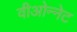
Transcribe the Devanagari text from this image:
वीओन्नेट